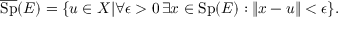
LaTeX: { \overline { { \operatorname { S p } } } } ( E ) = \{ u \in X | \forall \epsilon > 0 \, \exists x \in \operatorname { S p } ( E ) : \| x - u \| < \epsilon \} .